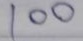
100